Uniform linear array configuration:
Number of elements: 16
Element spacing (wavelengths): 0.75
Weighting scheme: kaiser
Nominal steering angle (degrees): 45
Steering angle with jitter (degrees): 45.822
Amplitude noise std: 0.05
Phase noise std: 0.05

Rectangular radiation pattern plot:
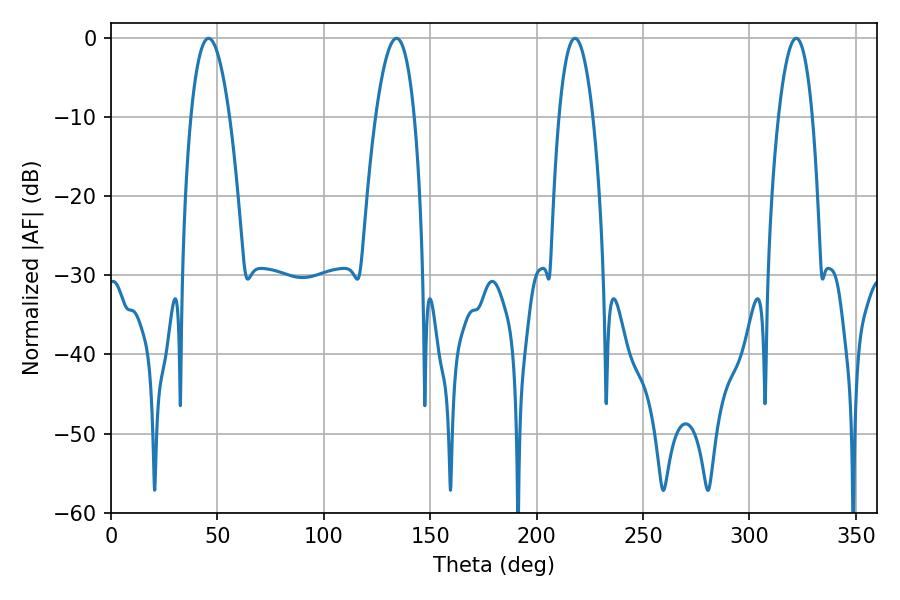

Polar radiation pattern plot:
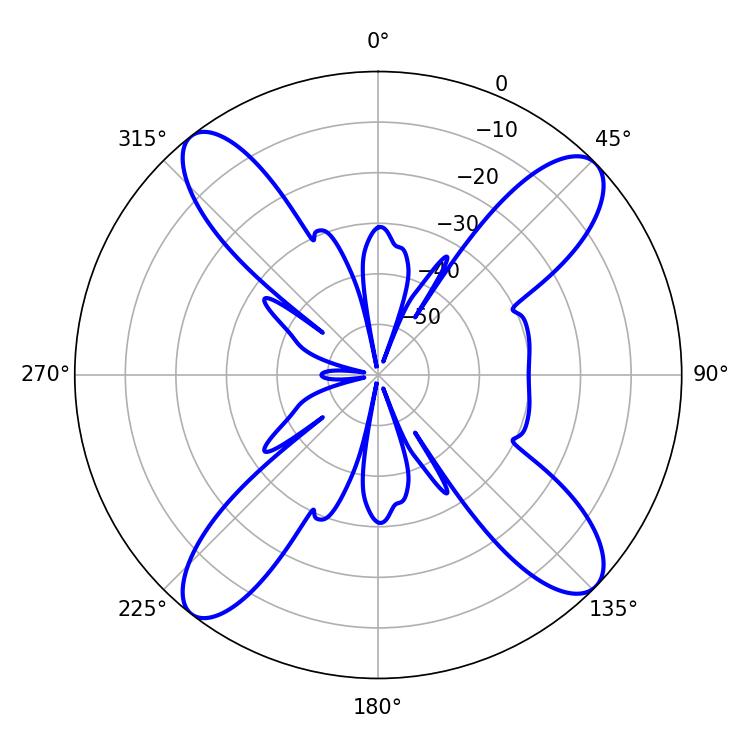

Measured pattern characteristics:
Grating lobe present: TRUE
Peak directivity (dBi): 14.71
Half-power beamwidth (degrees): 9
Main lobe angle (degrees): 217.98